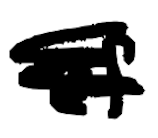
Text: of
Cross-out: mix
Writing tool: digital_black